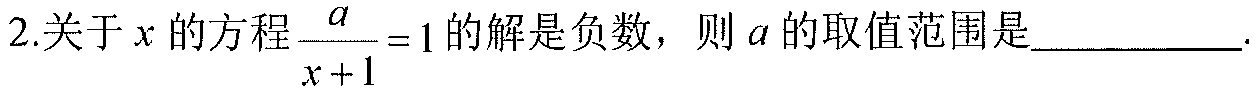
2.关于\(x\)的方程\(\dfrac{a}{x + 1}=1\)的解是负数，则\(a\)的取值范围是__________.